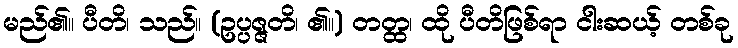
မည်၏။ ပီတိ၊ သည်။ (ဥပ္ပဇ္ဇတိ၊ ၏။) တတ္ထ၊ ထို ပီတိဖြစ်ရာ ငါးဆယ့် တစ်ခု